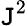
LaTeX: \mathtt{J}^{2}